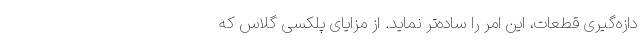
دازه‌گیری قطعات، این امر را ساده‌تر نماید. از مزایای پلکسی گلاس که